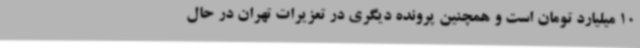
10 میلیارد تومان است و همچنین پرونده دیگری در تعزیرات تهران در حال